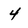
Character: 4